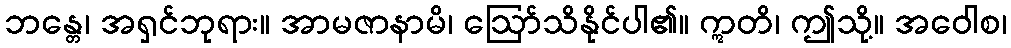
ဘန္တေ၊ အရှင်ဘုရား။ အာမဇာနာမိ၊ ဩော်သိနိုင်ပါ၏။ ဣတိ၊ ဤသို့။ အဝေါစ၊